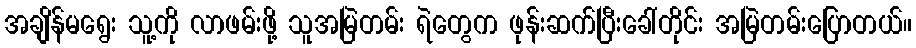
အချိန်မရွေး သူ့ကို လာဖမ်းဖို့ သူအမြဲတမ်း ရဲတွေက ဖုန်းဆက်ပြီးခေါ်တိုင်း အမြဲတမ်းပြောတယ်။